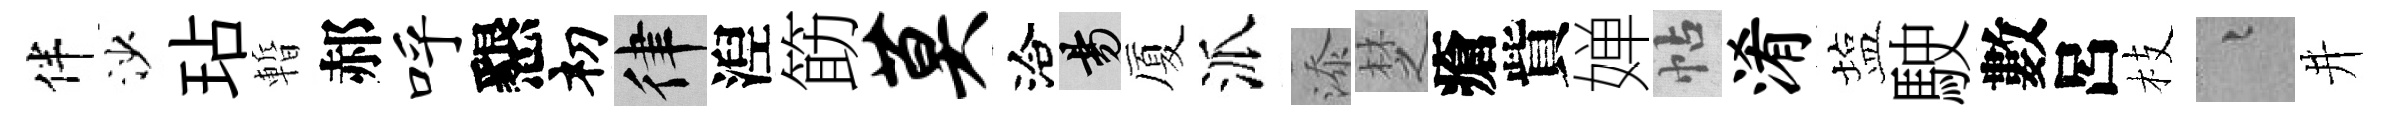
伴沙玷暫郝呼懇𥘉律湼筯莫洽昜厦派添椘瘡貲婵帖淆塩駛數呂枝融井